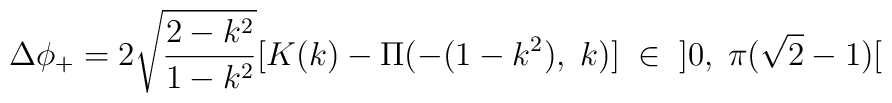
\Delta\phi_+=2\sqrt{\frac{2-k^2}{1-k^2}}[K(k)-\Pi(-(1-k^2),\;k)]\;\in\;\;]0,\;\pi(\sqrt{2}-1)[